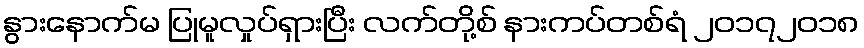
နွားနောက်မ ပြုမူလှုပ်ရှားပြီး လက်တို့စ် နားကပ်တစ်ရံ ၂၀၁၇၂၀၁၈